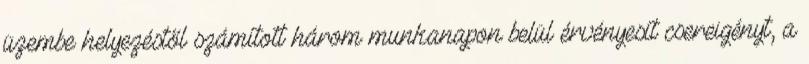
üzembe helyezéstől számított három munkanapon belül érvényesít csereigényt, a